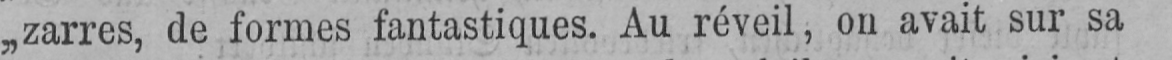
„zarres, de formes fantastiques. Au réveil, on avait sur sa